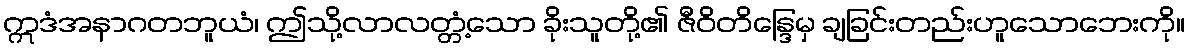
ဣဒံအနာဂတဘူယံ၊ ဤသို့လာလတ္တံ့သော ခိုးသူတို့၏ ဇီဝိတိန္ဒြေမှ ချခြင်းတည်းဟူသောဘေးကို။